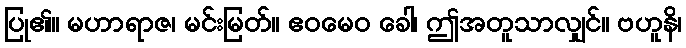
ပြု၏။ မဟာရာဇ၊ မင်းမြတ်။ ဧဝမေဝ ခေါ၊ ဤအတူသာလျှင်။ ဗဟူနိ၊